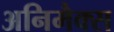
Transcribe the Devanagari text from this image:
अनिमैक्स